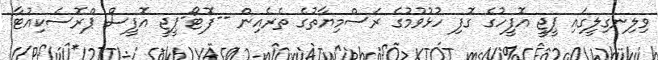
ވިލިނގިލީގައި ޕީޖީ އޮފީހުގެ ގޮފި ހުޅުވުމުގެ ރަސްމިޔާތުގެ ތެރެއިން --ފޮޓޯ-ޕީޖީ އޮފީސް ޕްރޮސެކިއުޓާ